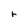
Character: r